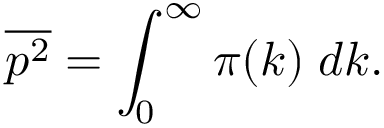
{ \overline { { p ^ { 2 } } } } = \int _ { 0 } ^ { \infty } \pi ( k ) \; d k .